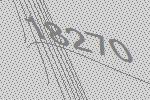
18270